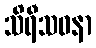
သိရီသဝနာ